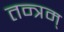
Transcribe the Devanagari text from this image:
तन्त्रम्